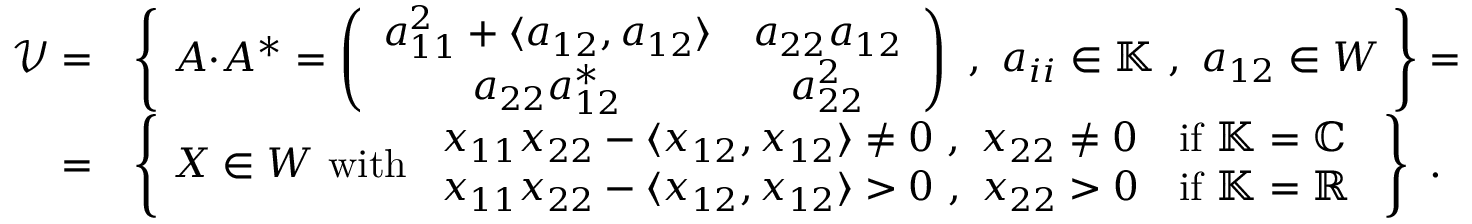
\begin{array} { r l } { \mathscr { V } = } & { \left\{ \ A { \boldsymbol { \cdot } } A ^ { * } = \left( \begin{array} { c c } { a _ { 1 1 } ^ { 2 } + \langle a _ { 1 2 } , a _ { 1 2 } \rangle } & { a _ { 2 2 } a _ { 1 2 } } \\ { a _ { 2 2 } a _ { 1 2 } ^ { * } } & { a _ { 2 2 } ^ { 2 } } \end{array} \right) \ , \ a _ { i i } \in \mathbb { K } \ , \ a _ { 1 2 } \in W \ \right\} = } \\ { = } & { \left\{ \ X \in W \ \mathrm { w i t h } \ \begin{array} { l l } { x _ { 1 1 } x _ { 2 2 } - \langle x _ { 1 2 } , x _ { 1 2 } \rangle \neq 0 \ , \ x _ { 2 2 } \neq 0 } & { \mathrm { i f } \ \mathbb { K } = \mathbb { C } } \\ { x _ { 1 1 } x _ { 2 2 } - \langle x _ { 1 2 } , x _ { 1 2 } \rangle > 0 \ , \ x _ { 2 2 } > 0 } & { \mathrm { i f } \ \mathbb { K } = \mathbb { R } } \end{array} \ \right\} \ . } \end{array}